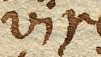
vires